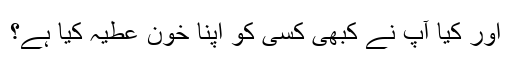
اور کیا آپ نے کبھی کسی کو اپنا خون عطیہ کیا ہے؟